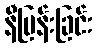
နီမြန်းခြင်း